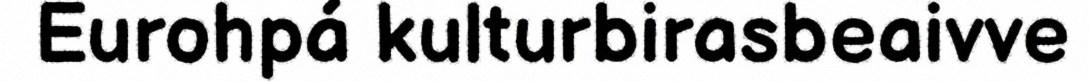
Eurohpá kulturbirasbeaivve